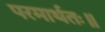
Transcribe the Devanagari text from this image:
परमार्थतः॥